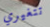
تتغيري